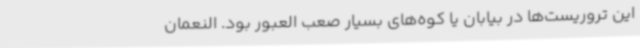
این تروریست‌ها در بیابان یا کوه‌های بسیار صعب العبور بود. النعمان